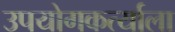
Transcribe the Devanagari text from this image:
उपयोगकर्त्याला